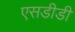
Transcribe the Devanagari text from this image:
एसडीडी